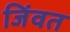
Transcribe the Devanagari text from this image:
जिंवत